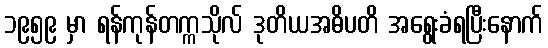
၁၉၅၉ မှာ ရန်ကုန်တက္ကသိုလ် ဒုတိယအဓိပတိ အရွေးခံရပြီးနောက်